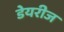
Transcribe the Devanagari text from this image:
डेयरीज